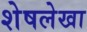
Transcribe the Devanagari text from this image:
शेषलेखा